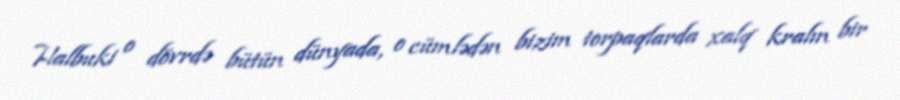
Halbuki o dövrdə bütün dünyada, o cümlədən bizim torpaqlarda xalq kralın bir